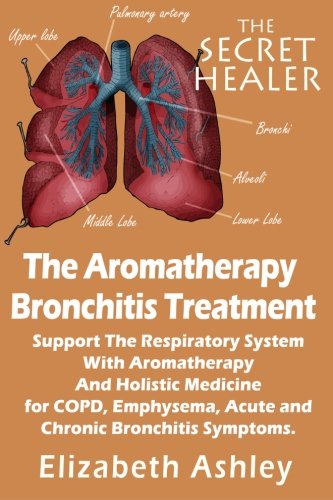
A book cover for The Aromatherapy Bronchitis Treatment: Support the Respiratory System with Essential Oils and Holistic Medicine for COPD, Emphysema, Acute and Chronic ... Symptoms (The Secret Healer) (Volume 6); Elizabeth Ashley; Health, Fitness & Dieting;